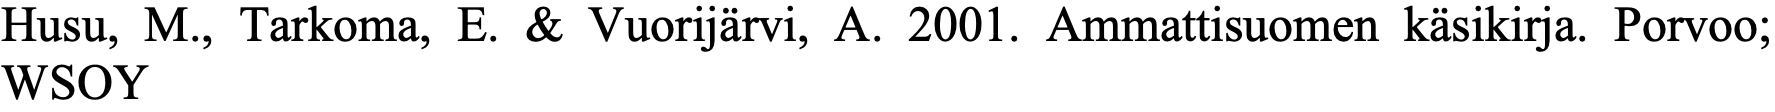
Husu, M., Tarkoma, E. & Vuorijärvi, A. 2001. Ammattisuomen käsikirja. Porvoo; WSOY